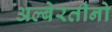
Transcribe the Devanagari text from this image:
अल्बेरतीनो